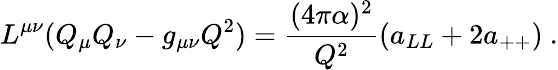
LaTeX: L^{\mu\nu}(Q_{\mu}Q_{\nu}-g_{\mu\nu}Q^{2})=\frac{(4\pi\alpha)^{2}}{Q^{2}}(a_{LL}+2a_{++})~.